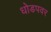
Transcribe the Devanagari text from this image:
धोडपवर